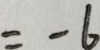
= - 6